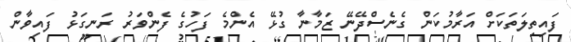
ފައިތިލަތަކަށް އަރާމުކަން ގެނެސްދޭނޭ ޒަމާނާ ގުޅޭ އެންމެ ފަހުގެ ފެންވަރު ރަނގަޅު ފައިވާން